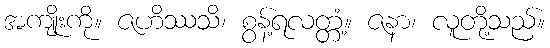
အကျိုးကို။ ဇဟိဿသိ၊ စွန့်ရလတ္တံ့။ ဇနာ၊ လူတို့သည်။